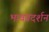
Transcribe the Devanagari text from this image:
भावप्रदर्शन